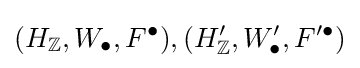
(H_{\mathbb {Z} },W_{\bullet },F^{\bullet }),(H_{\mathbb {Z} }',W_{\bullet }',F'^{\bullet })